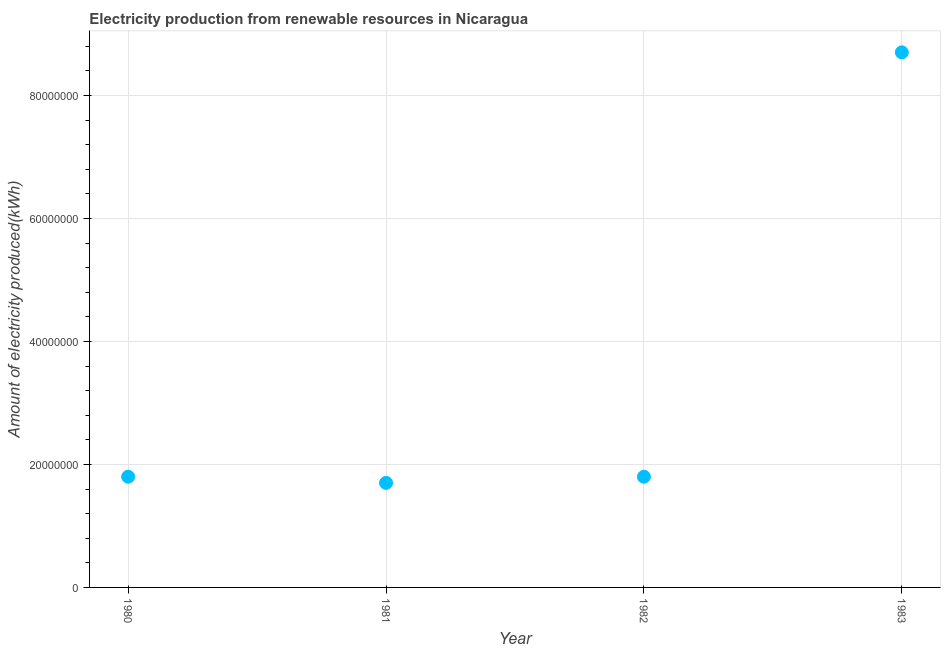
| Year | Electricity production from renewable sources |
 | --- | --- |
 | 1980 | 1.8e+07 |
 | 1981 | 1.7e+07 |
 | 1982 | 1.8e+07 |
 | 1983 | 8.7e+07 |